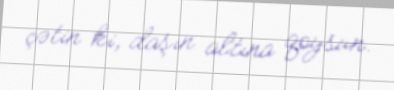
çətin ki, daşın altına qoysun.